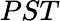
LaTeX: PST